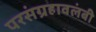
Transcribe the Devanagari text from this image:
परसंग्रहावलंबी